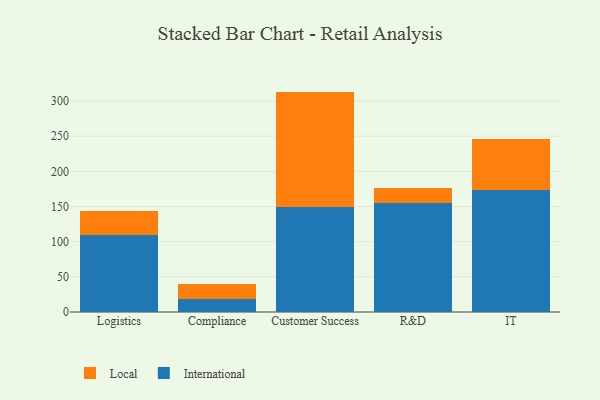
{"axis": {"x": "Department", "y": "Page Views"}, "legend": ["International", "Local"], "data": [{"x": "Logistics", "y": 109.3, "type": "International"}, {"x": "Logistics", "y": 33.7, "type": "Local"}, {"x": "Compliance", "y": 19.0, "type": "International"}, {"x": "Compliance", "y": 21.5, "type": "Local"}, {"x": "Customer Success", "y": 149.6, "type": "International"}, {"x": "Customer Success", "y": 163.8, "type": "Local"}, {"x": "R&D", "y": 154.9, "type": "International"}, {"x": "R&D", "y": 21.2, "type": "Local"}, {"x": "IT", "y": 173.5, "type": "International"}, {"x": "IT", "y": 72.6, "type": "Local"}]}